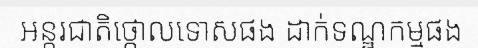
អន្តរជាតិថ្កោលទោសផង ដាក់ទណ្ឌកម្មផង